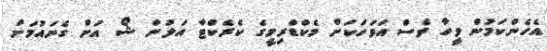
އެހެންކަމުން ވީހާ ވެސް އަވަހަކަށް މެކްޑްރިމީގެ ކެރެކްޓާ އަލުން ޝޯ އަށް ގެނައުމަށް